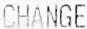
CHANGE